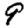
Digit: 9